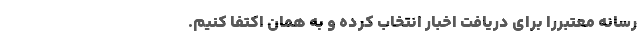
رسانه معتبررا برای دریافت اخبار انتخاب کرده و به همان اکتفا کنیم.